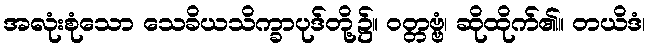
အလုံးစုံသော သေခိယသိက္ခာပုဒ်တို့၌။ ဝတ္တဗ္ဗံ၊ ဆိုထိုက်၏။ တယိဒံ၊